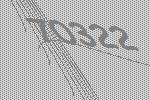
70322